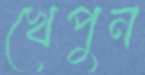
খেপুন